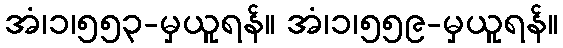
အံ၊၁၊၅၅၃-မှယူရန်။ အံ၊၁၊၅၅၉-မှယူရန်။